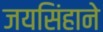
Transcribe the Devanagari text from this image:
जयसिंहाने